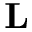
\textbf { L }